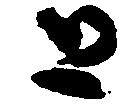
と